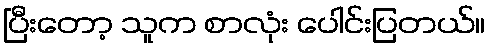
ပြီးတော့ သူက စာလုံး ပေါင်းပြတယ်။